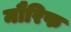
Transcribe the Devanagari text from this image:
मौरिफ